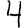
Digit: 4